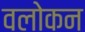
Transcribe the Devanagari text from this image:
वलोकन